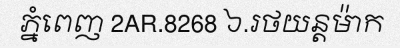
ភ្នំពេញ 2AR.8268 ៦.រថយន្តម៉ាក